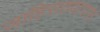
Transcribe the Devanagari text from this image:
जाहिरातदारास